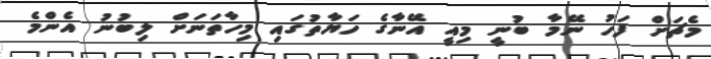
މެޗަށް ފަހު ނޭމާ ބުނީ މިއީ އޭނާގެ ހަޔާތުގައި މިހާތަނަށް ލިބުނު އެންމެ